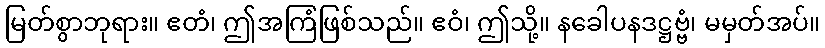
မြတ်စွာဘုရား။ ဧတံ၊ ဤအကြံဖြစ်သည်။ ဧဝံ၊ ဤသို့။ နခေါပနဒဋ္ဌဗ္ဗံ၊ မမှတ်အပ်။